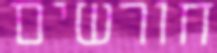
חורשים